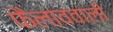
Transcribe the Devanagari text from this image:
फैलाववाली